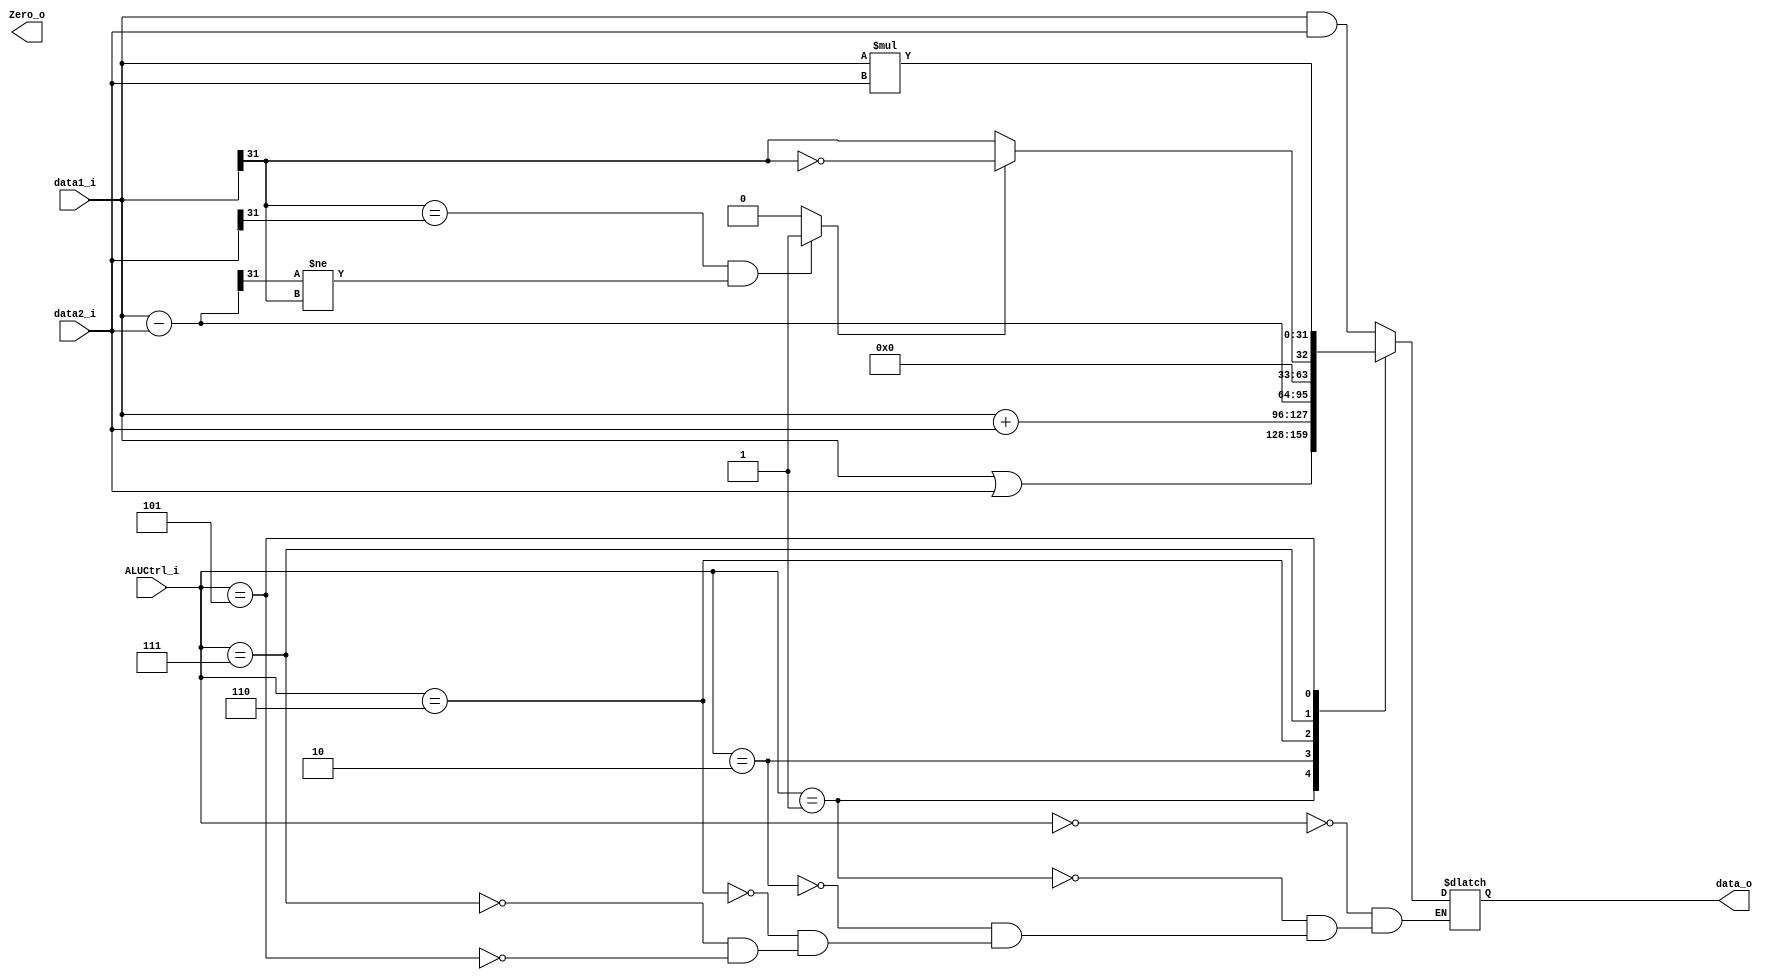
module ALU (
  data1_i,
  data2_i,
  ALUCtrl_i,
  data_o,
  Zero_o
);

input   wire  [31:0]  data1_i,data2_i;
input   wire  [2:0]   ALUCtrl_i;
output  reg   [31:0]  data_o;
output  reg           Zero_o;

wire [31:0] sub_ab;
wire oflow_sub;
wire slt;

assign sub_ab = data1_i-data2_i;
assign oflow_sub = ((data1_i[31]== data2_i[31]) && (sub_ab[31] != data1_i[31]))? 1:0;
assign slt = oflow_sub ? ~(data1_i[31]):data1_i[31];

always @(*) begin 
  case(ALUCtrl_i)
		3'b000: data_o = data1_i & data2_i;
		3'b001: data_o = data1_i | data2_i;
		3'b010: data_o = data1_i + data2_i;
		3'b110: data_o = data1_i - data2_i;
    3'b111: data_o = {{31{1'b0}},slt}; 
    3'b101: data_o = data1_i * data2_i;
	endcase
end
endmodule


/*
wire [31:0] sub_ab;
wire oflow_sub;
wire slt;

assign sub_ab = a-b;
assign oflow_sub = ((a[31]== b[31]) && (sub_ab[31] != a[31]))? 1:0;
assign slt = oflow_sub ? ~(a[31]):a[31];
*/
/*
reg [31:0] out;

always @(*) begin
  case (ALUCtrl_i)
    3'b000: 
      out <= data1_i&data2_i;
    3'b001:
      out <= data1_i|data2_i;
    3'b010:
      out <= data1_i+data2_i;
    3'b110:
      out <= data1_i-data2_i;
    // 3'b111:
    //   out <= {{31{1'b0},slt}; 
    3'b101:
      out <= data1_i*data2_i;
    default: out <= data1_i;
  endcase
end

assign data_o = out;
assign Zero_o = (0 == out);
endmodule
*/